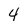
Character: 4